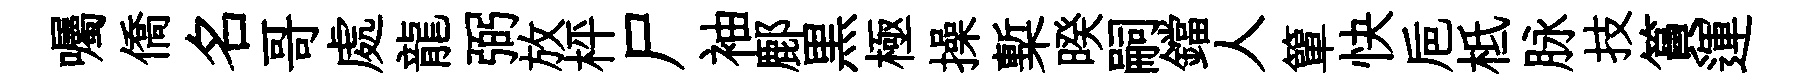
囑僑名哥處龍弼放枰尸袖鄜黒極操槧暌嗣鐺人簞快巵柢脉技篔運